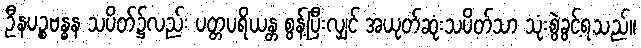
ဦနပဉ္စဗန္ဓန သပိတ်၌လည်း ပတ္တပရိယန္တ စွန့်ပြီးလျှင် အယုတ်ဆုံးသပိတ်သာ သုံးစွဲခွင့်ရသည်။